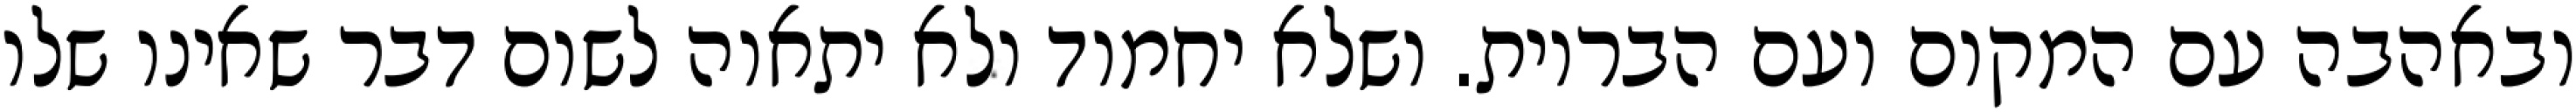
ובאהבה עם המקום ועם הבריות. ושלא יחמוד ולא יתאוה לשום דבר שאינו שלו